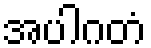
အပါဂတံ